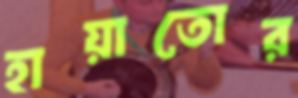
হায়াতোর